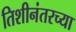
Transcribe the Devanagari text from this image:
तिशीनंतरच्या